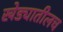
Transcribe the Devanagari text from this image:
खेड्यातीलच